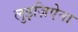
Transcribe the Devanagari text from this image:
लुइज़िऐना